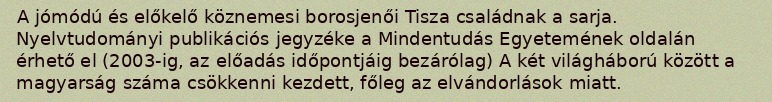
A jómódú és előkelő köznemesi borosjenői Tisza családnak a sarja. Nyelvtudományi publikációs jegyzéke a Mindentudás Egyetemének oldalán érhető el (2003-ig, az előadás időpontjáig bezárólag) A két világháború között a magyarság száma csökkenni kezdett, főleg az elvándorlások miatt.